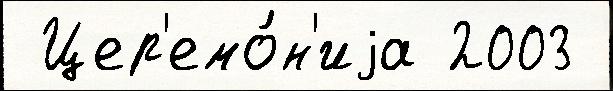
 Цер'емо́н'иjа 2003